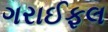
ગરાઈફલ